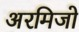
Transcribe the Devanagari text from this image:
अरमिजो